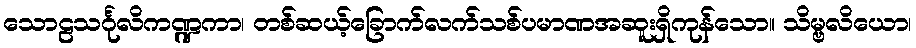
သောဠသင်္ဂုလိကဏ္ဍကာ၊ တစ်ဆယ့်ခြောက်လက်သစ်ပမာဏအဆူးရှိကုန်သော။ သိမ္ဗလိယော၊